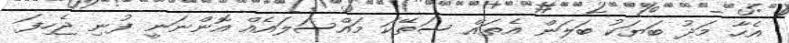
އެހާ މަދު ބަޔަކު ބަލަން އެތައް ސަތޭކަ މައްސަލައެއް އޮންނަނީ ފުނި ޖެހިފަ